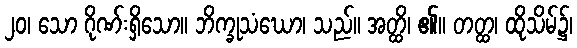
၂၀၊ သော ဂိုဏ်းရှိသော။ ဘိက္ခုသံဃော၊ သည်။ အတ္ထိ၊ ၏။ တတ္ထ၊ ထိုသိမ်၌၊